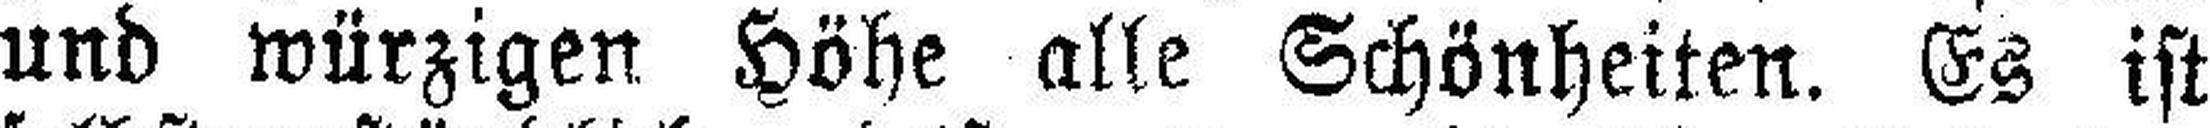
und würzigen Höhe alle Schönheiten. Es ist